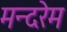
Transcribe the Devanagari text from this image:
मन्दरेम